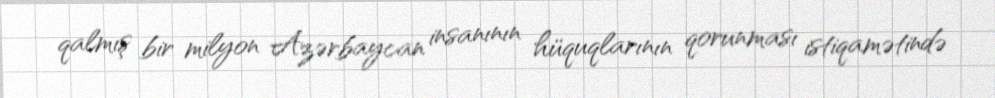
qalmış bir milyon Azərbaycan insanının hüquqlarının qorunması istiqamətində